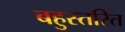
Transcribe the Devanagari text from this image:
बहुस्तरित